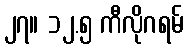
၂၇။ ၁၂.၅ ကီလိုဂရမ်